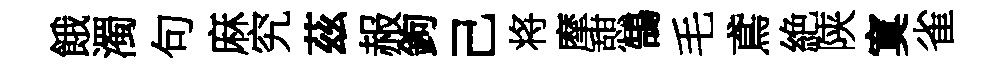
餓濁句麻究茲赧鉤己将摩憇鵠毛鳶絶陕寞雀